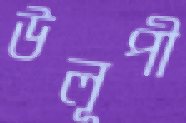
উলূপী